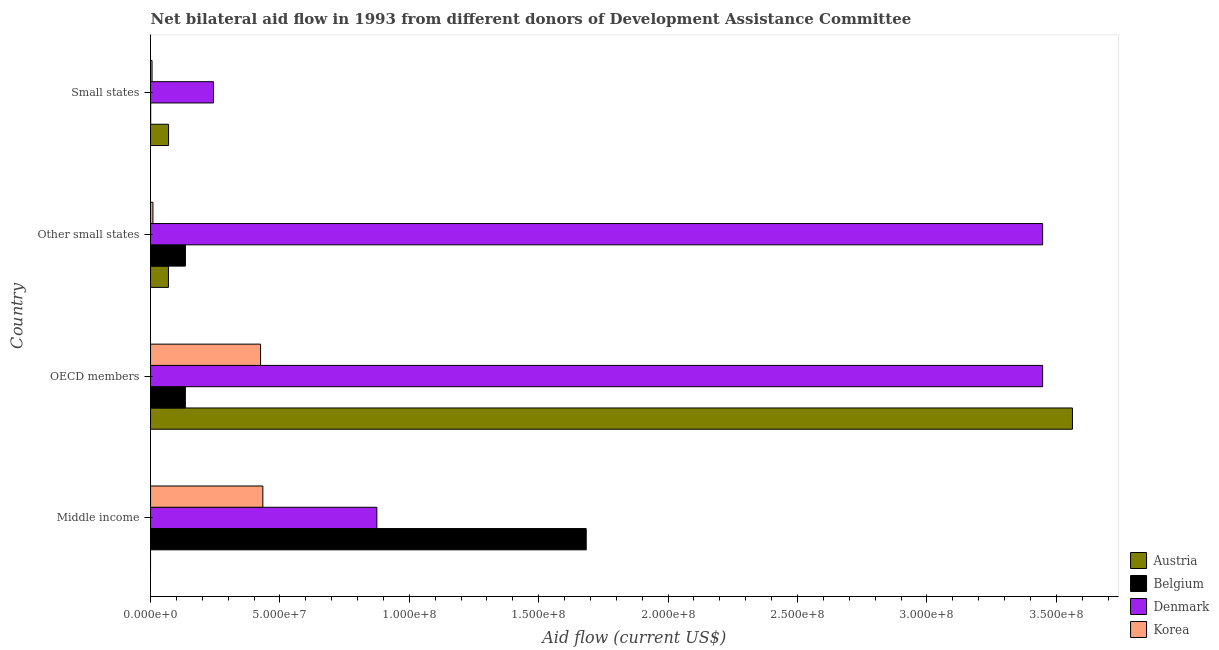
| Country | Austria | Belgium | Denmark | Korea |
 | --- | --- | --- | --- | --- |
 | Middle income | -4.17e+06 | 1.68e+08 | 8.75e+07 | 4.34e+07 |
 | OECD members | 3.56e+08 | 1.34e+07 | 3.45e+08 | 4.25e+07 |
 | Other small states | 6.92e+06 | 1.35e+07 | 3.45e+08 | 9.2e+05 |
 | Small states | 6.97e+06 | 5e+04 | 2.43e+07 | 5.8e+05 |